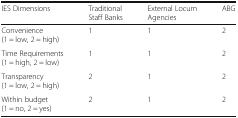
| IES Dimensions | Traditional Staff Banks | External Locum Agencies | ABG |
 | --- | --- | --- | --- |
 | Convenience(1 = low, 2 = high) | 1 | 1 | 2 |
 | Time Requirements(1 = high, 2 = low) | 1 | 1 | 2 |
 | Transparency(1 = low, 2 = high) | 2 | 1 | 2 |
 | Within budget(1 = no, 2 = yes) | 2 | 1 | 2 |